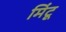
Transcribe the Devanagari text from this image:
मिंटू